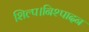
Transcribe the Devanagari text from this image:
शिल्प।निश्पादन